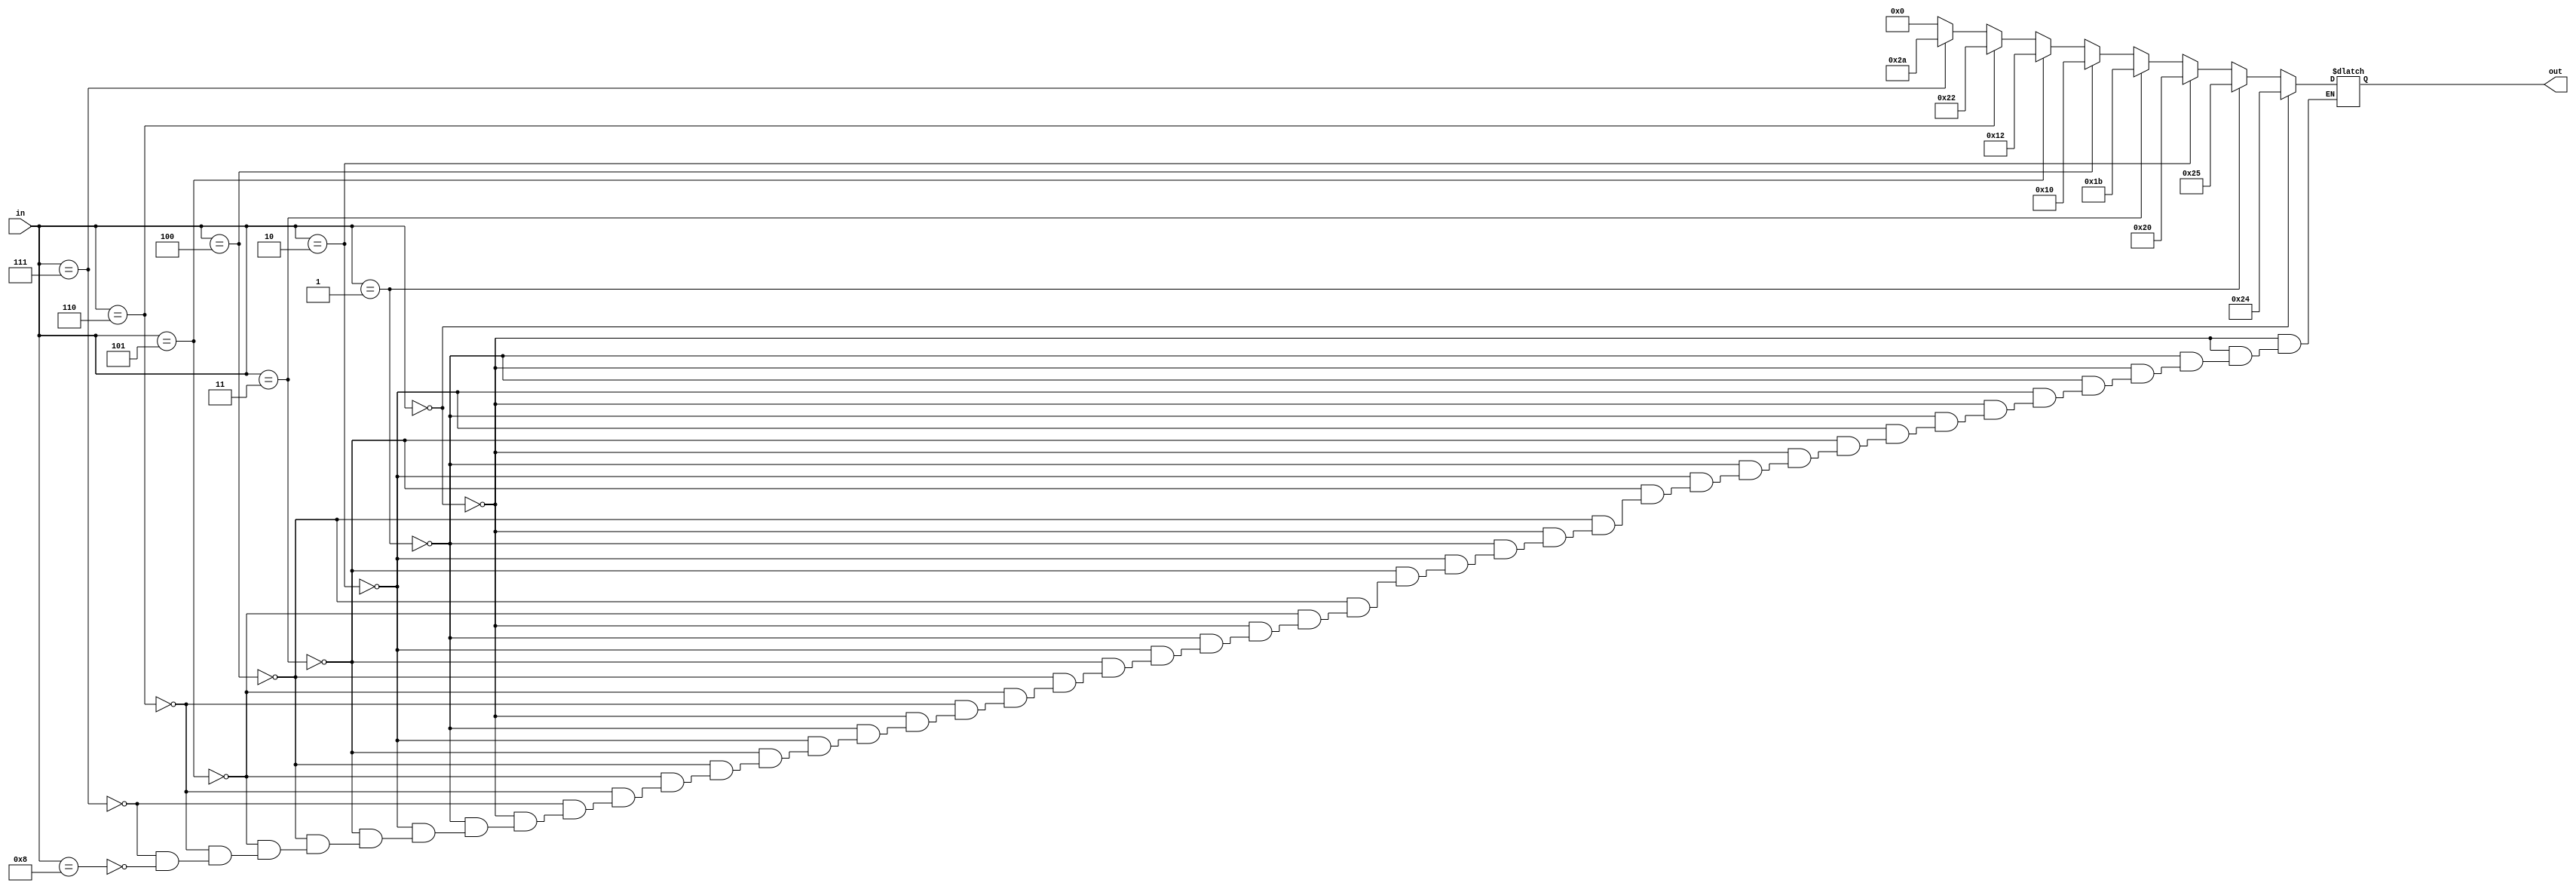
module Transform ( in, out ) ;

	input[3:0] in ; 
	
	output reg [5:0] out ;
	
	parameter AND = 6'b100100;
	parameter OR  = 6'b100101;
	parameter ADD = 6'b100000;
	parameter SUB = 6'b100010;
	parameter SLL = 6'b000000;
	parameter SLT = 6'b101010;
	parameter DIVU= 6'b011011;
	parameter MFHI= 6'b010000;
	parameter MFLO= 6'b010010;

	
	always @( in ) 
		begin 
			if( in == 4'd0 ) begin //AND
				out = AND ; 
			end 
			else if ( in == 4'd1 ) begin //OR
				out = OR ;
			end 
			else if ( in == 4'd2 ) begin //ADD
				out = ADD ;
			end 
			else if ( in == 4'd3 ) begin //DIVU
				out = DIVU ;
			end 
			else if ( in == 4'd4 ) begin //MFHI
				out = MFHI ;
			end 
			else if ( in == 4'd5 ) begin //MFLO
				out = MFLO ;
			end 
			else if ( in == 4'd6 ) begin //SUB
				out = SUB ;
			end 
			else if ( in == 4'd7 ) begin //SLT
				out = SLT ;
			end 
			else if ( in == 4'd8 ) begin //SLL
				out = SLL ;
			end 
		end 

endmodule